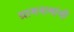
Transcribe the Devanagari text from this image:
ग्रामनामांची